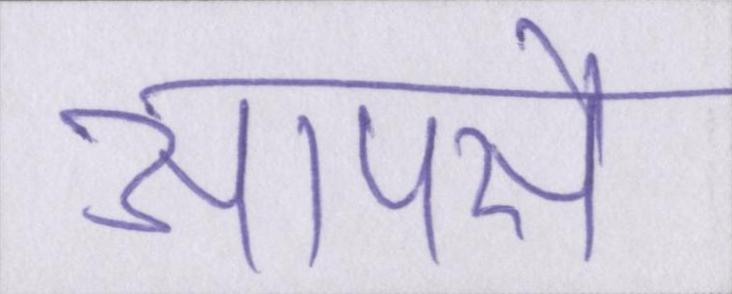
आपसे